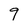
Character: 9